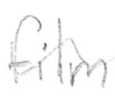
Text: film
Cross-out: mix
Writing tool: pencil